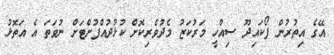
އޭގެ އިތުރުން ފޯކައިދޫ ސިއްހީ މަރުކަޒު މެދުވެރިކޮށް ކުޅުދުއްފުށްޓަށް ނުވަތަ އެ އަތޮޅު